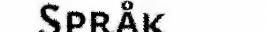
Språk